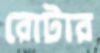
রোটার